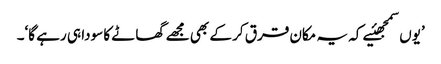
’یوں سمجھئیے کہ یہ مکان قرق کر کے بھی مجھے گھاٹے کا سودا ہی رہے گا‘۔